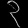
Digit: ၃